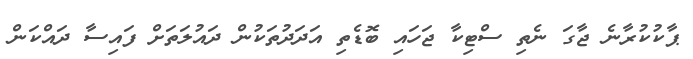
ޕާކުކުރާނެ ޖާގަ ނެތި ސްޓިކާ ޖަހައި ބޮޑެތި އަދަދުތަކުން ދައުލަތަށް ފައިސާ ދައްކަން